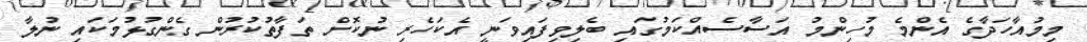
މިމުއާހަދާގެ އެންމެ މުހިންމު އަސާސެއްކަމުގައި ބެލިވިފައިވަނީ އެކަހެރި ނުކޮށް ތަފާތުކުރުން ގެންގުޅުމަކައި ނުލާ